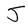
Character: J